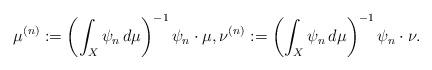
LaTeX: \begin{align*}\mu^{(n)} : = \left( \int_X \psi_n \, d \mu \right)^{-1} \psi_n \cdot \mu,\nu^{(n)} : =\left( \int_X \psi_n \, d \mu \right)^{-1} \psi_n \cdot \nu. \end{align*}